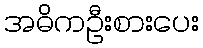
အဓိကဦးစားပေး